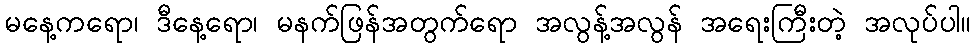
မနေ့ကရော၊ ဒီနေ့ရော၊ မနက်ဖြန်အတွက်ရော အလွန့်အလွန် အရေးကြီးတဲ့ အလုပ်ပါ။